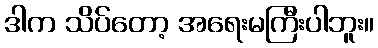
ဒါက သိပ်တော့ အရေးမကြီးပါဘူး။